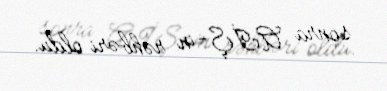
sonra AİŞ-in rəhbəri oldu.